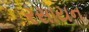
રસાયન